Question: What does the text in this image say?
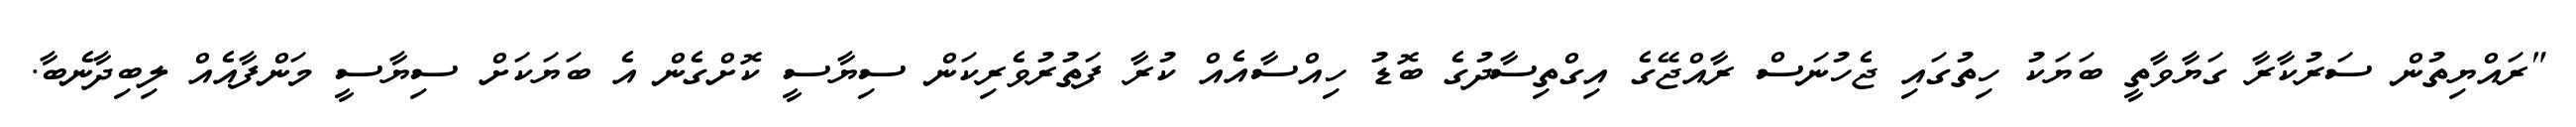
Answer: "ރައްޔިތުން ސަރުކާރާ ގަޔާވާތީ ބަޔަކު ހިތުގައި ޖެހުނަސް ރާއްޖޭގެ އިގްތިސާދުގެ ބޮޑު ހިއްސާއެއް ކުރާ ފަތުރުވެރިކަން ސިޔާސީ ކޮށްގެން އެ ބަޔަކަށް ސިޔާސީ މަންފާއެއް ލިބިދާނެބާ.